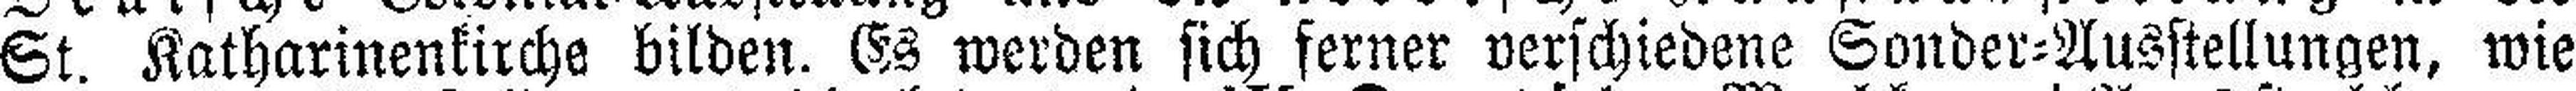
St. Katharinenkirche bilden. Es werden sich ferner verschiedene Sonder=Ausstellungen, wie